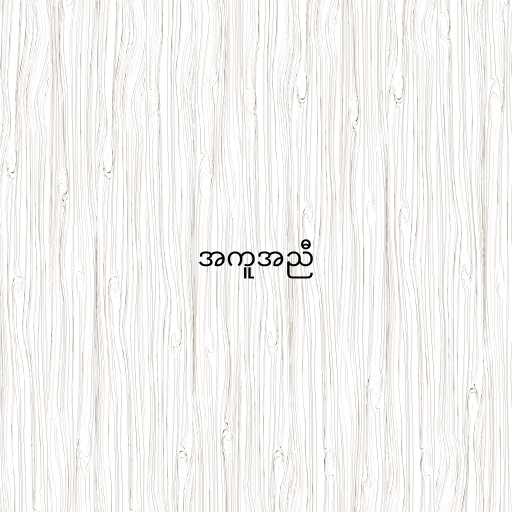
အကူအညီ